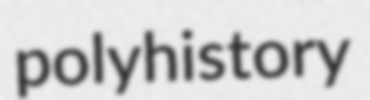
polyhistory